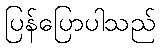
ပြန်ပြောပါသည်